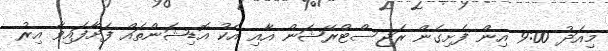
މިއަދު 9:00 އިން ފެށިގެން ރަޖިސްޓްރޭޝަން އާއި އެކު އޮޑިޝަންތައް ފަށާފައިވާ އިރު